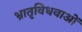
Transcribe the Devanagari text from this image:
भ्रातृविधवाओं